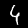
Digit: 4